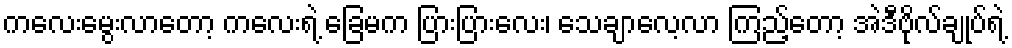
ကလေးမွေးလာတော့ ကလေးရဲ့ ခြေမက ပြားပြားလေး၊ သေချာလေ့လာ ကြည့်တော့ အဲဒီဗိုလ်ချုပ်ရဲ့